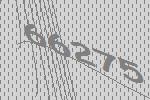
66275